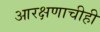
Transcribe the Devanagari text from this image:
आरक्षणाचीही